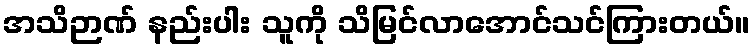
အသိဉာဏ် နည်းပါး သူကို သိမြင်လာအောင်သင်ကြားတယ်။